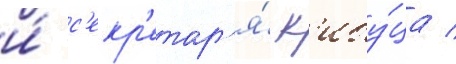
и́ с'екр'етар'я́ к'ибу́ца /